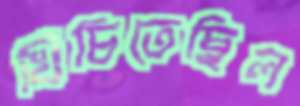
খিঁচিতেছিল